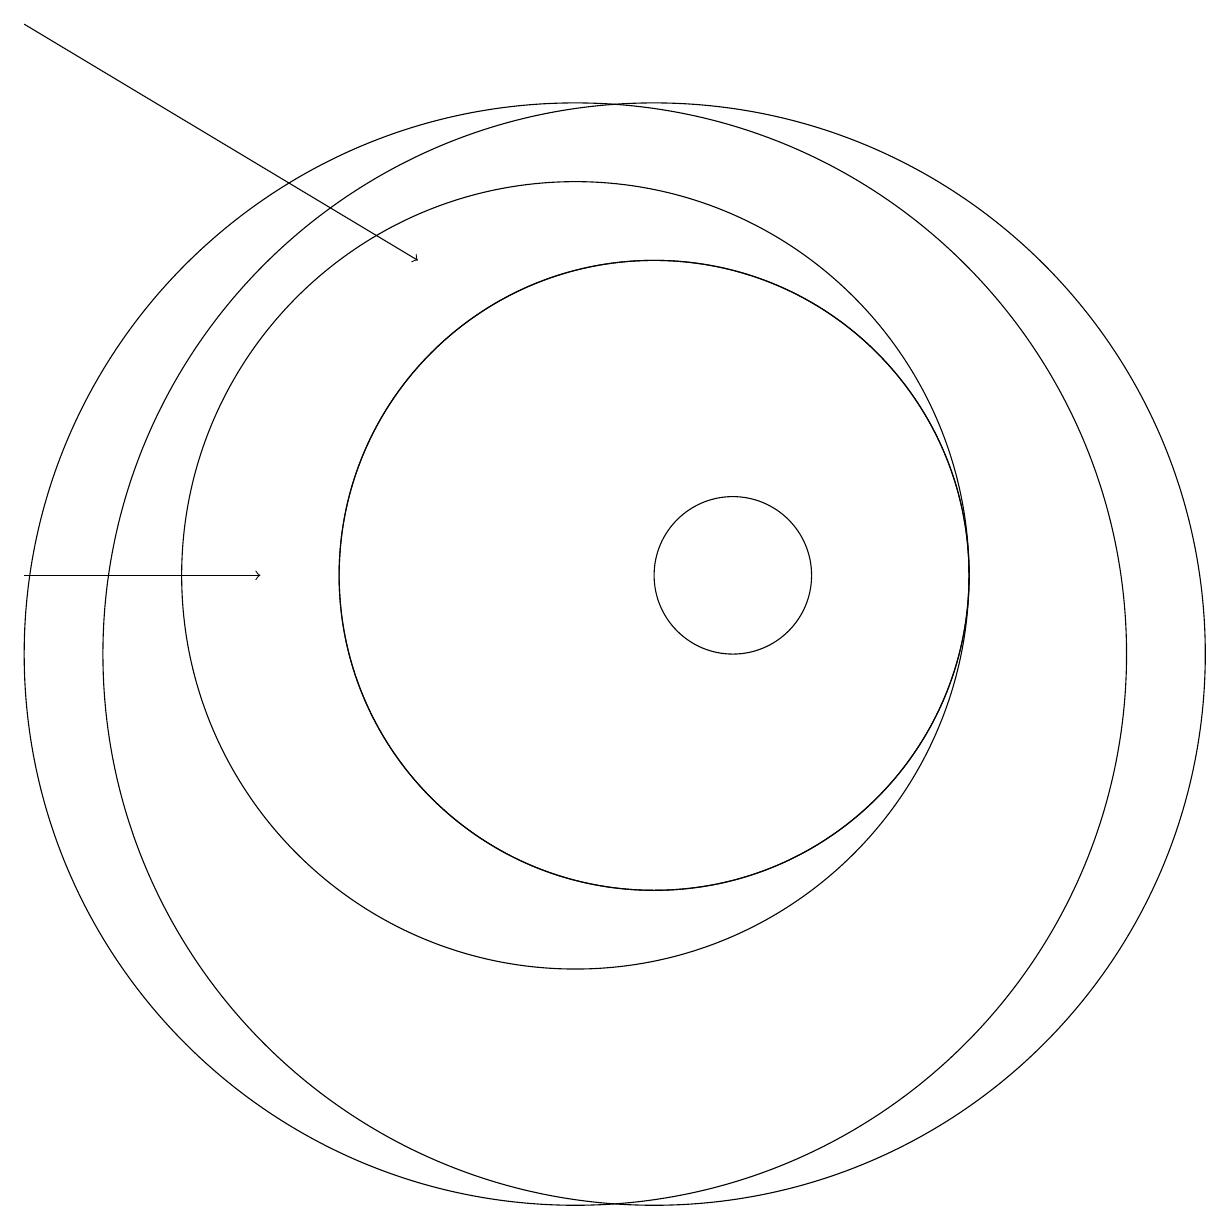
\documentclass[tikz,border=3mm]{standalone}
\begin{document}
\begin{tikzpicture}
\draw (11,10) circle (7);
\draw[->] (3,11) -- (6,11);
\draw (10,10) circle (7);
\draw (12,11) circle (1);
\draw[->] (3,18) -- (8,15);
\draw (11,11) circle (4);
\draw (11,11) circle (4);
\draw (10,11) circle (5);
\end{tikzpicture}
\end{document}